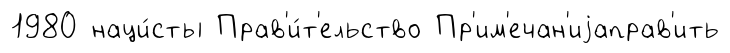
1980 наци́сты Прав'и́т'ельство Пр'им'ечан'иjаправ'ить